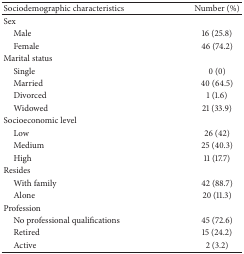
<table><thead><tr><td><b>Sociodemographic characteristics</b></td><td><b>Number (%)</b></td></tr></thead><tbody><tr><td>Sex </td><td> </td></tr><tr><td> Male</td><td>16 (25.8)</td></tr><tr><td> Female</td><td>46 (74.2)</td></tr><tr><td>Marital status</td><td> </td></tr><tr><td> Single</td><td>0 (0)</td></tr><tr><td> Married</td><td>40 (64.5)</td></tr><tr><td> Divorced</td><td>1 (1.6)</td></tr><tr><td> Widowed</td><td>21 (33.9)</td></tr><tr><td>Socioeconomic level </td><td> </td></tr><tr><td> Low</td><td>26 (42)</td></tr><tr><td> Medium</td><td>25 (40.3)</td></tr><tr><td> High </td><td>11 (17.7)</td></tr><tr><td>Resides</td><td> </td></tr><tr><td> With family</td><td>42 (88.7)</td></tr><tr><td> Alone</td><td>20 (11.3)</td></tr><tr><td>Profession </td><td> </td></tr><tr><td> No professional qualifications</td><td>45 (72.6)</td></tr><tr><td> Retired</td><td>15 (24.2)</td></tr><tr><td> Active</td><td>2 (3.2)</td></tr></tbody></table>